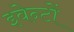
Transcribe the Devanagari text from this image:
इवेन्टों